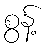
စွန့်